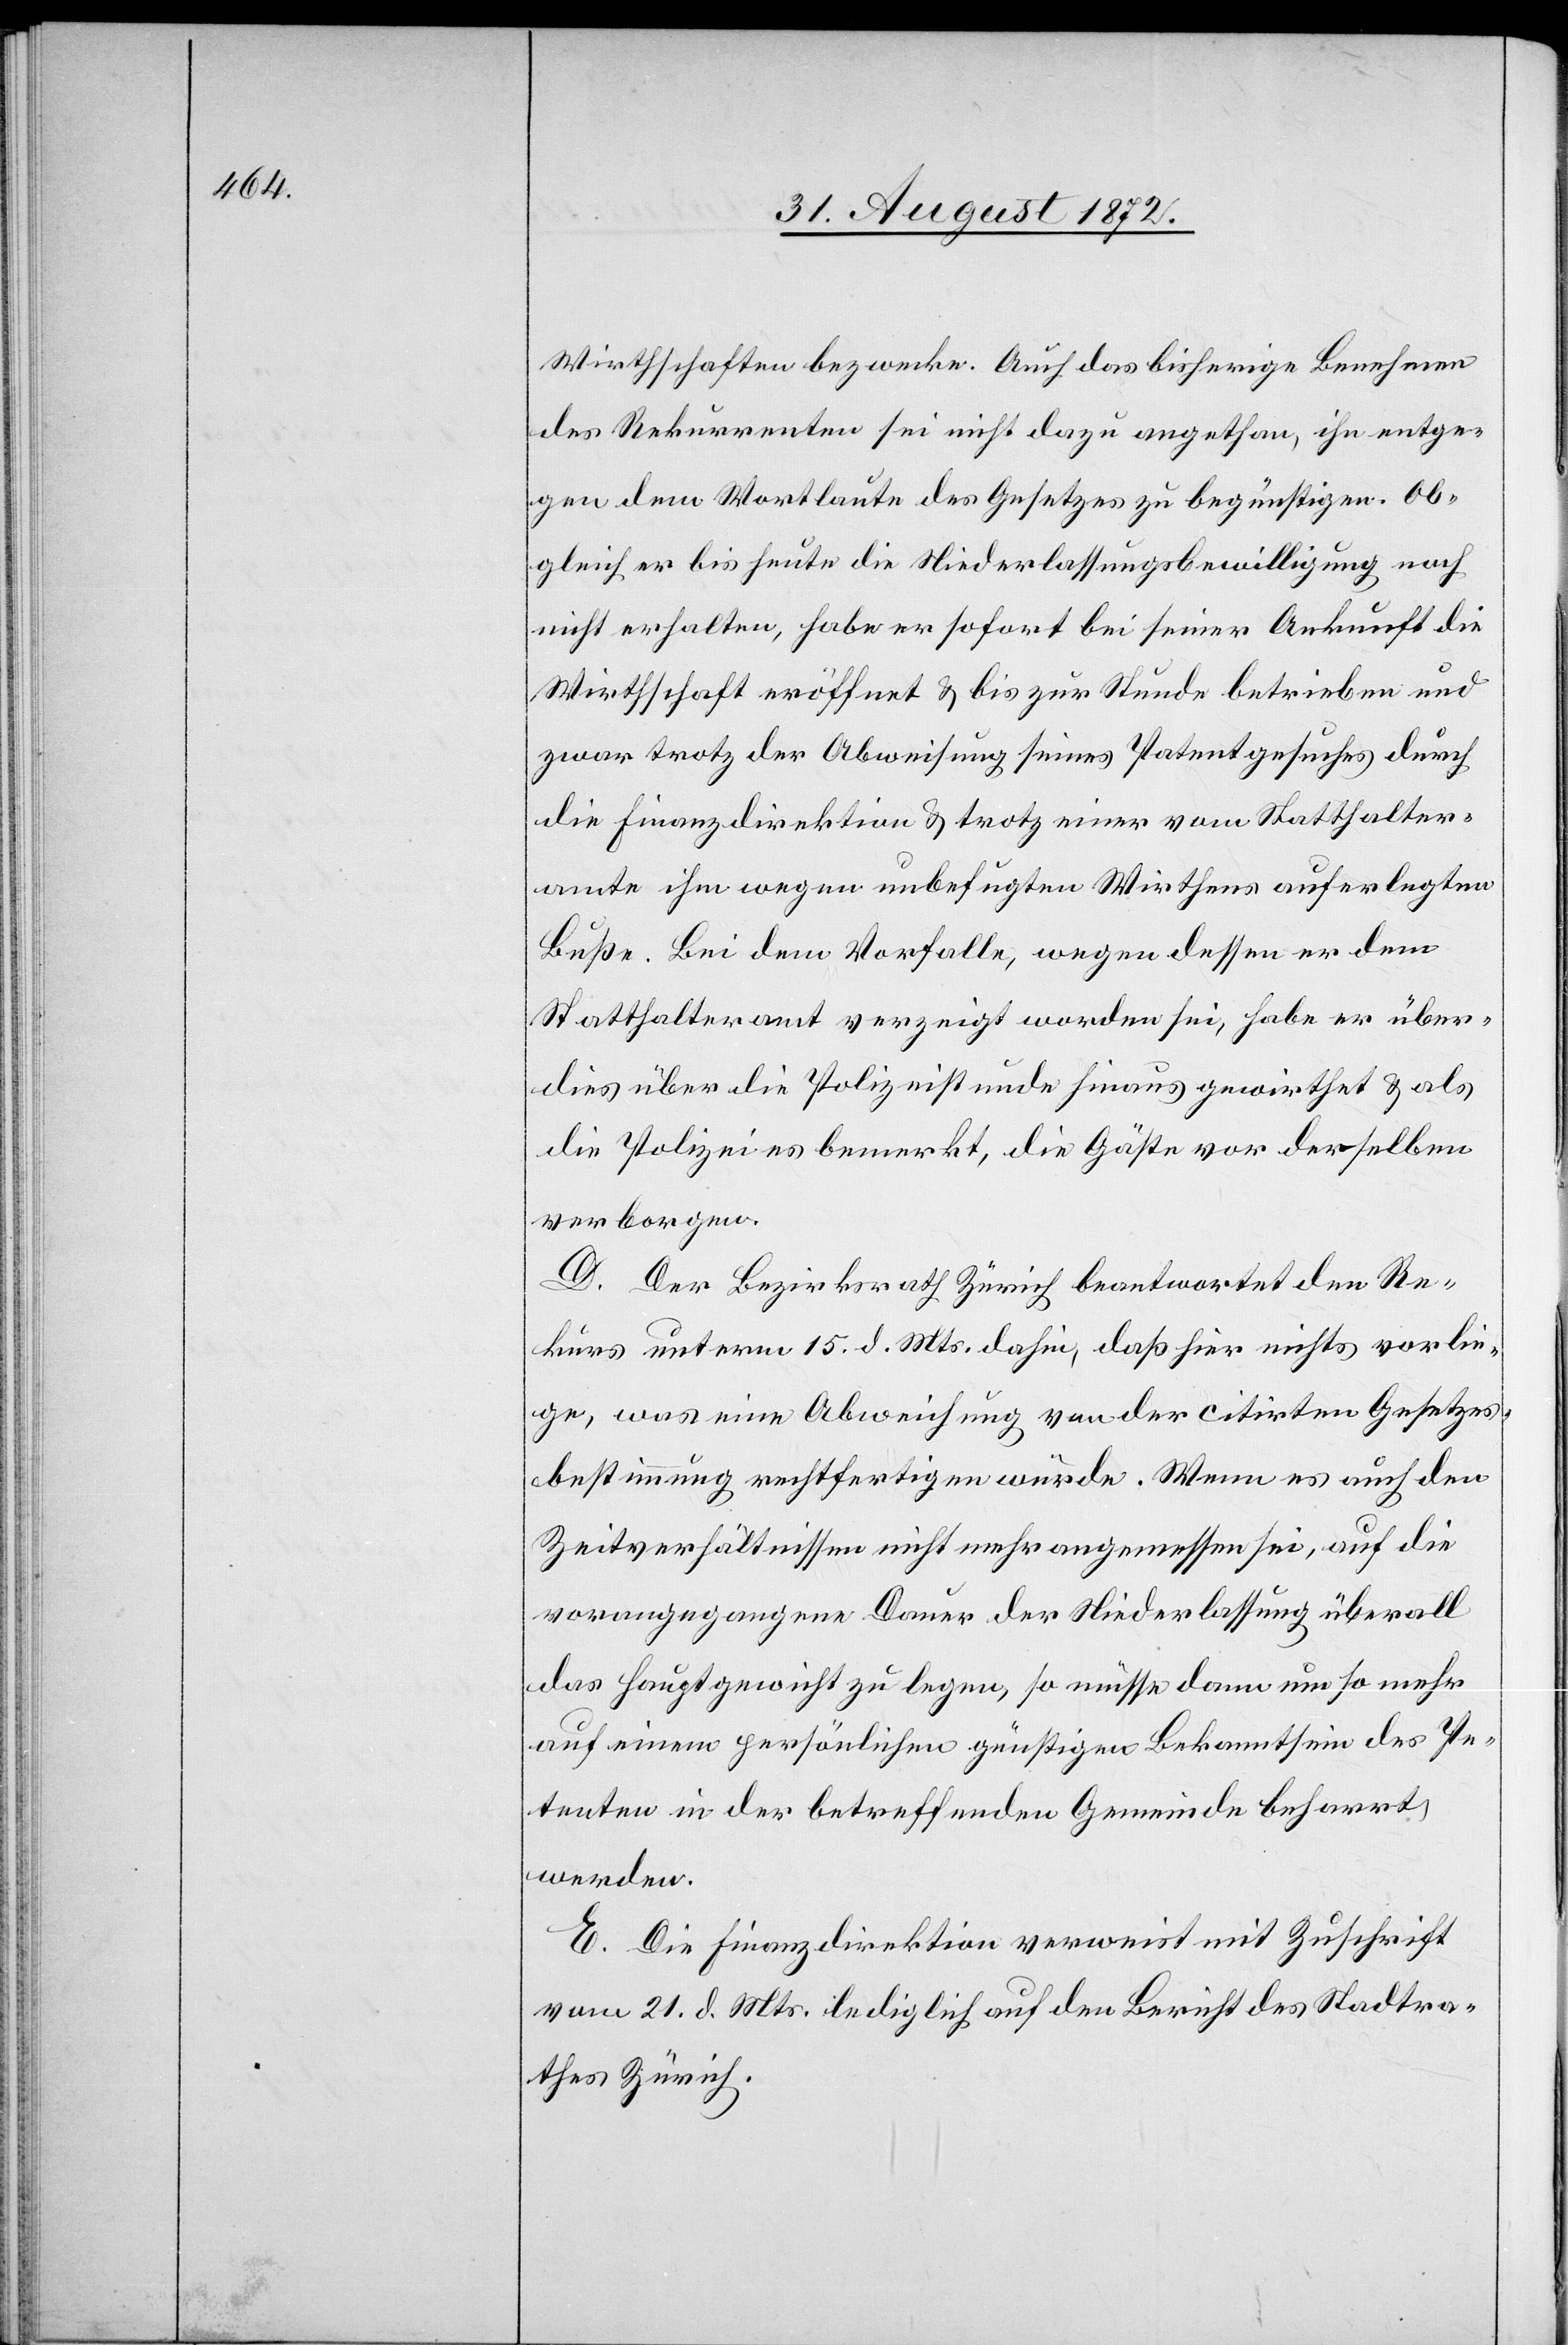
Wirthschaften bezwecke. Auch das bisherige Benehmen
des Rekurrenten sei nicht dazu angethan, ihn entge¬
gen dem Wortlaute des Gesetzes zu begünstigen. Ob¬
gleich er bis heute die Niederlassungsbewilligung noch
nicht erhalten, habe er sofort bei seiner Ankunft die
Wirthschaft eröffnet u. bis zur Stunde betrieben und
zwar trotz der Abweisung seines Patentgesuches durch
die Finanzdirektion u. trotz einer vom Statthalter¬
amte ihm wegen unbefugten Wirthens auferlegten
Buße. Bei dem Vorfalle, wegen dessen er dem
Statthalteramt verzeigt worden sei, habe er über¬
dies über die Polizeistunde hinaus gewirthet u. als
die Polizei bemerkt, die Gäste vor derselben
verborgen.
D. Der Bezirksrath Zürich beantwortet den Re¬
kurs unterm 15. d. Mts. dahin, daß hier nichts vorlie¬
ge, was eine Abweichung von der citirten Gesetzes¬
bestimmung rechtfertigen würde. Wenn es auch den
Zeitverhältnissen nicht mehr angemessen sei, auf die
vorangegangene Dauer der Niederlassung überall
das Hauptgewicht zu legen, so müsse dann um so mehr
auf einem persönlichen günstigen Bekanntsein des Pe¬
tenten in der betreffenden Gemeinde beharrt
werden.
E. Die Finanzdirektion verweist mit Zuschrift
vom 21. d. Mts. lediglich auf den Bericht des Stadtra¬
thes Zürich.